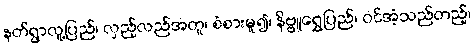
နတ်ရွာလူ့ပြည်၊ လှည့်လည်အတူ၊ စံစားမူ၍၊ နိဗ္ဗူရွှေပြည်၊ ဝင်အံ့သည်တည့်၊